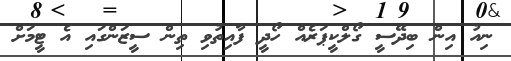
ނިއު އިން ބިދޭސީ ގޯލްކީޕަރެއް ހޯދީ ފާއިތުވި ތިން ސީޒަންގައި އެ ޓީމަށް